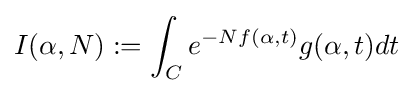
I(\alpha ,N):=\int _{C}e^{-Nf(\alpha ,t)}g(\alpha ,t)dt